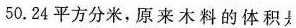
50.24平方分米，原来木料的体积